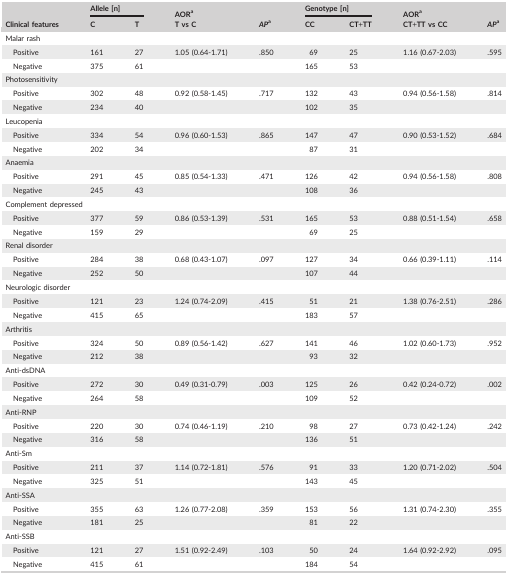
<table><thead><tr><td rowspan="2"><b>Clinical features</b></td><td colspan="2"><b>Allele [n]</b></td><td><b>AORa</b></td><td rowspan="2"><b><i>AP</i>a</b></td><td colspan="2"><b>Genotype [n]</b></td><td><b>AORa</b></td><td rowspan="2"><b><i>AP</i>a</b></td></tr><tr><td><b>C</b></td><td><b>T</b></td><td><b>T vs C</b></td><td><b>CC</b></td><td><b>CT+TT</b></td><td><b>CT+TT vs CC</b></td></tr></thead><tbody><tr><td colspan="9">Malar rash</td></tr><tr><td>Positive</td><td>161</td><td>27</td><td>1.05 (0.64‐1.71)</td><td>.850</td><td>69</td><td>25</td><td>1.16 (0.67‐2.03)</td><td>.595</td></tr><tr><td>Negative</td><td>375</td><td>61</td><td></td><td></td><td>165</td><td>53</td><td></td><td></td></tr><tr><td colspan="9">Photosensitivity</td></tr><tr><td>Positive</td><td>302</td><td>48</td><td>0.92 (0.58‐1.45)</td><td>.717</td><td>132</td><td>43</td><td>0.94 (0.56‐1.58)</td><td>.814</td></tr><tr><td>Negative</td><td>234</td><td>40</td><td></td><td></td><td>102</td><td>35</td><td></td><td></td></tr><tr><td colspan="9">Leucopenia</td></tr><tr><td>Positive</td><td>334</td><td>54</td><td>0.96 (0.60‐1.53)</td><td>.865</td><td>147</td><td>47</td><td>0.90 (0.53‐1.52)</td><td>.684</td></tr><tr><td>Negative</td><td>202</td><td>34</td><td></td><td></td><td>87</td><td>31</td><td></td><td></td></tr><tr><td colspan="9">Anaemia</td></tr><tr><td>Positive</td><td>291</td><td>45</td><td>0.85 (0.54‐1.33)</td><td>.471</td><td>126</td><td>42</td><td>0.94 (0.56‐1.58)</td><td>.808</td></tr><tr><td>Negative</td><td>245</td><td>43</td><td></td><td></td><td>108</td><td>36</td><td></td><td></td></tr><tr><td colspan="9">Complement depressed</td></tr><tr><td>Positive</td><td>377</td><td>59</td><td>0.86 (0.53‐1.39)</td><td>.531</td><td>165</td><td>53</td><td>0.88 (0.51‐1.54)</td><td>.658</td></tr><tr><td>Negative</td><td>159</td><td>29</td><td></td><td></td><td>69</td><td>25</td><td></td><td></td></tr><tr><td colspan="9">Renal disorder</td></tr><tr><td>Positive</td><td>284</td><td>38</td><td>0.68 (0.43‐1.07)</td><td>.097</td><td>127</td><td>34</td><td>0.66 (0.39‐1.11)</td><td>.114</td></tr><tr><td>Negative</td><td>252</td><td>50</td><td></td><td></td><td>107</td><td>44</td><td></td><td></td></tr><tr><td colspan="9">Neurologic disorder</td></tr><tr><td>Positive</td><td>121</td><td>23</td><td>1.24 (0.74‐2.09)</td><td>.415</td><td>51</td><td>21</td><td>1.38 (0.76‐2.51)</td><td>.286</td></tr><tr><td>Negative</td><td>415</td><td>65</td><td></td><td></td><td>183</td><td>57</td><td></td><td></td></tr><tr><td colspan="9">Arthritis</td></tr><tr><td>Positive</td><td>324</td><td>50</td><td>0.89 (0.56‐1.42)</td><td>.627</td><td>141</td><td>46</td><td>1.02 (0.60‐1.73)</td><td>.952</td></tr><tr><td>Negative</td><td>212</td><td>38</td><td></td><td></td><td>93</td><td>32</td><td></td><td></td></tr><tr><td colspan="9">Anti‐dsDNA</td></tr><tr><td>Positive</td><td>272</td><td>30</td><td>0.49 (0.31‐0.79)</td><td>.003</td><td>125</td><td>26</td><td>0.42 (0.24‐0.72)</td><td>.002</td></tr><tr><td>Negative</td><td>264</td><td>58</td><td></td><td></td><td>109</td><td>52</td><td></td><td></td></tr><tr><td colspan="9">Anti‐RNP</td></tr><tr><td>Positive</td><td>220</td><td>30</td><td>0.74 (0.46‐1.19)</td><td>.210</td><td>98</td><td>27</td><td>0.73 (0.42‐1.24)</td><td>.242</td></tr><tr><td>Negative</td><td>316</td><td>58</td><td></td><td></td><td>136</td><td>51</td><td></td><td></td></tr><tr><td colspan="9">Anti‐Sm</td></tr><tr><td>Positive</td><td>211</td><td>37</td><td>1.14 (0.72‐1.81)</td><td>.576</td><td>91</td><td>33</td><td>1.20 (0.71‐2.02)</td><td>.504</td></tr><tr><td>Negative</td><td>325</td><td>51</td><td></td><td></td><td>143</td><td>45</td><td></td><td></td></tr><tr><td colspan="9">Anti‐SSA</td></tr><tr><td>Positive</td><td>355</td><td>63</td><td>1.26 (0.77‐2.08)</td><td>.359</td><td>153</td><td>56</td><td>1.31 (0.74‐2.30)</td><td>.355</td></tr><tr><td>Negative</td><td>181</td><td>25</td><td></td><td></td><td>81</td><td>22</td><td></td><td></td></tr><tr><td colspan="9">Anti‐SSB</td></tr><tr><td>Positive</td><td>121</td><td>27</td><td>1.51 (0.92‐2.49)</td><td>.103</td><td>50</td><td>24</td><td>1.64 (0.92‐2.92)</td><td>.095</td></tr><tr><td>Negative</td><td>415</td><td>61</td><td></td><td></td><td>184</td><td>54</td><td></td><td></td></tr></tbody></table>